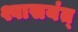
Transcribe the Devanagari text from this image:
श्वासयंत्